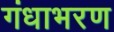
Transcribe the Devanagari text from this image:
गंधाभरण